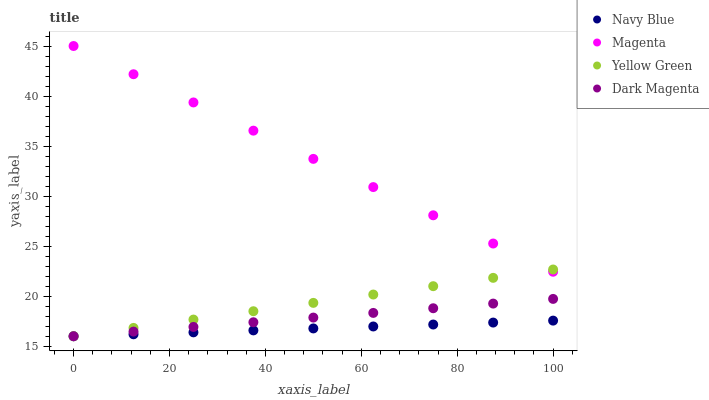
| xaxis_label | Navy Blue | Magenta | Yellow Green | Dark Magenta |
 | --- | --- | --- | --- | --- |
 | 0 | 16 | 45 | 16 | 16 |
 | 12.5 | 16.2 | 42.2 | 16.8 | 16.5 |
 | 25 | 16.4 | 39.4 | 17.7 | 16.9 |
 | 37.5 | 16.6 | 36.5 | 18.5 | 17.4 |
 | 50 | 16.8 | 33.7 | 19.3 | 17.9 |
 | 62.5 | 17 | 30.9 | 20.2 | 18.3 |
 | 75 | 17.2 | 28.1 | 21 | 18.8 |
 | 87.5 | 17.4 | 25.3 | 21.8 | 19.3 |
 | 100 | 17.6 | 22.4 | 22.7 | 19.7 |